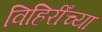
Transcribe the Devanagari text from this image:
विहिरीँच्या